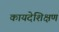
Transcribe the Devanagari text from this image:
कायदेशिक्षण